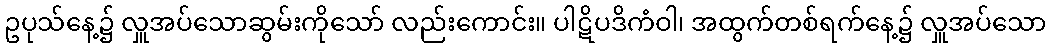
ဥပုသ်နေ့၌ လှူအပ်သောဆွမ်းကိုသော် လည်းကောင်း။ ပါဋိပဒိကံဝါ၊ အထွက်တစ်ရက်နေ့၌ လှူအပ်သော